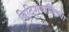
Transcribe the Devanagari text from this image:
ब्रिटिशधार्जिण्या